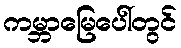
ကမ္ဘာမြေပေါ်တွင်